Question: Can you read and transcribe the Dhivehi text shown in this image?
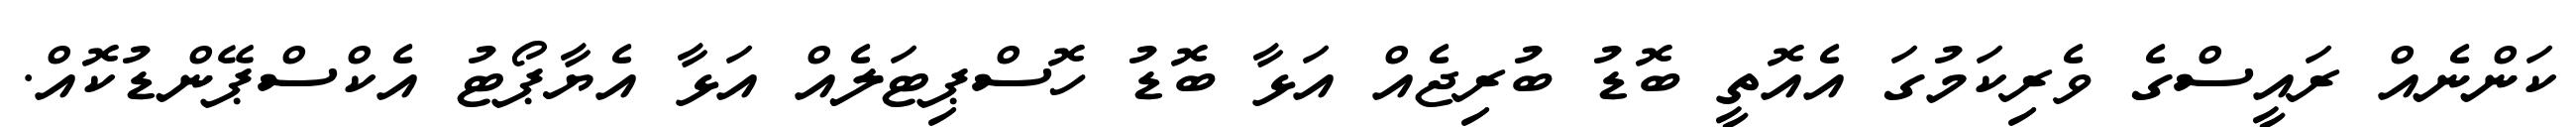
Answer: ކަންނެއް ރައީސްގެ ވެރިކަމުގަ އެއޮތީ ބޮޑު ބުރިޖެއް އަޅާ ބޮޑު ހޮސްޕިޓަލެއް އަޅާ އެޔާޕޯޓު އެކްސްޕޭންޑުކޮއް.